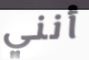
أنني